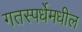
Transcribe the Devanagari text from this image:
गतस्पर्धेमधील